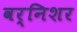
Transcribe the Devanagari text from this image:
वर्निशर